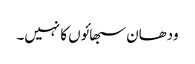
ودھان سبھائوں کا نہیں۔